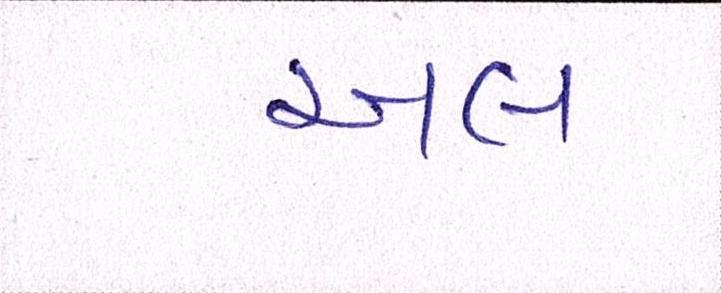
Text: અલ